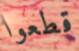
قطعوا